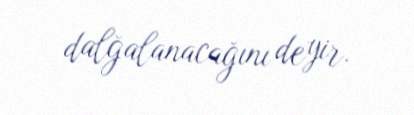
dalğalanacağını deyir.